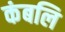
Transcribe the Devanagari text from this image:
कंबलि